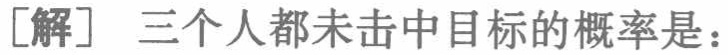
[解] 三个人都未击中目标的概率是：